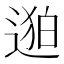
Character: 𬨯